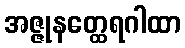
အဇ္ဇုနတ္ထေရဂါထာ